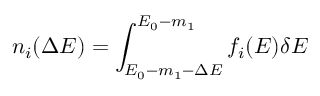
n _ { i } ( \Delta E ) = \int _ { E _ { 0 } - m _ { 1 } - \Delta E } ^ { E _ { 0 } - m _ { 1 } } f _ { i } ( E ) \delta E